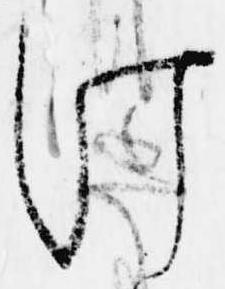
け